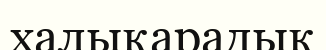
халықарадық